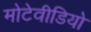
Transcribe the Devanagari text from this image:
मोटेवीडियो